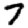
Digit: 7